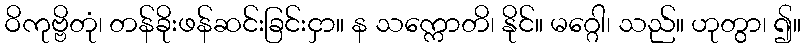
ဝိကုဗ္ဗိတုံ၊ တန်ခိုးဖန်ဆင်းခြင်းငှာ။ န သက္ကောတိ၊ နိုင်။ မဂ္ဂေါ၊ သည်။ ဟုတွာ၊ ၍။